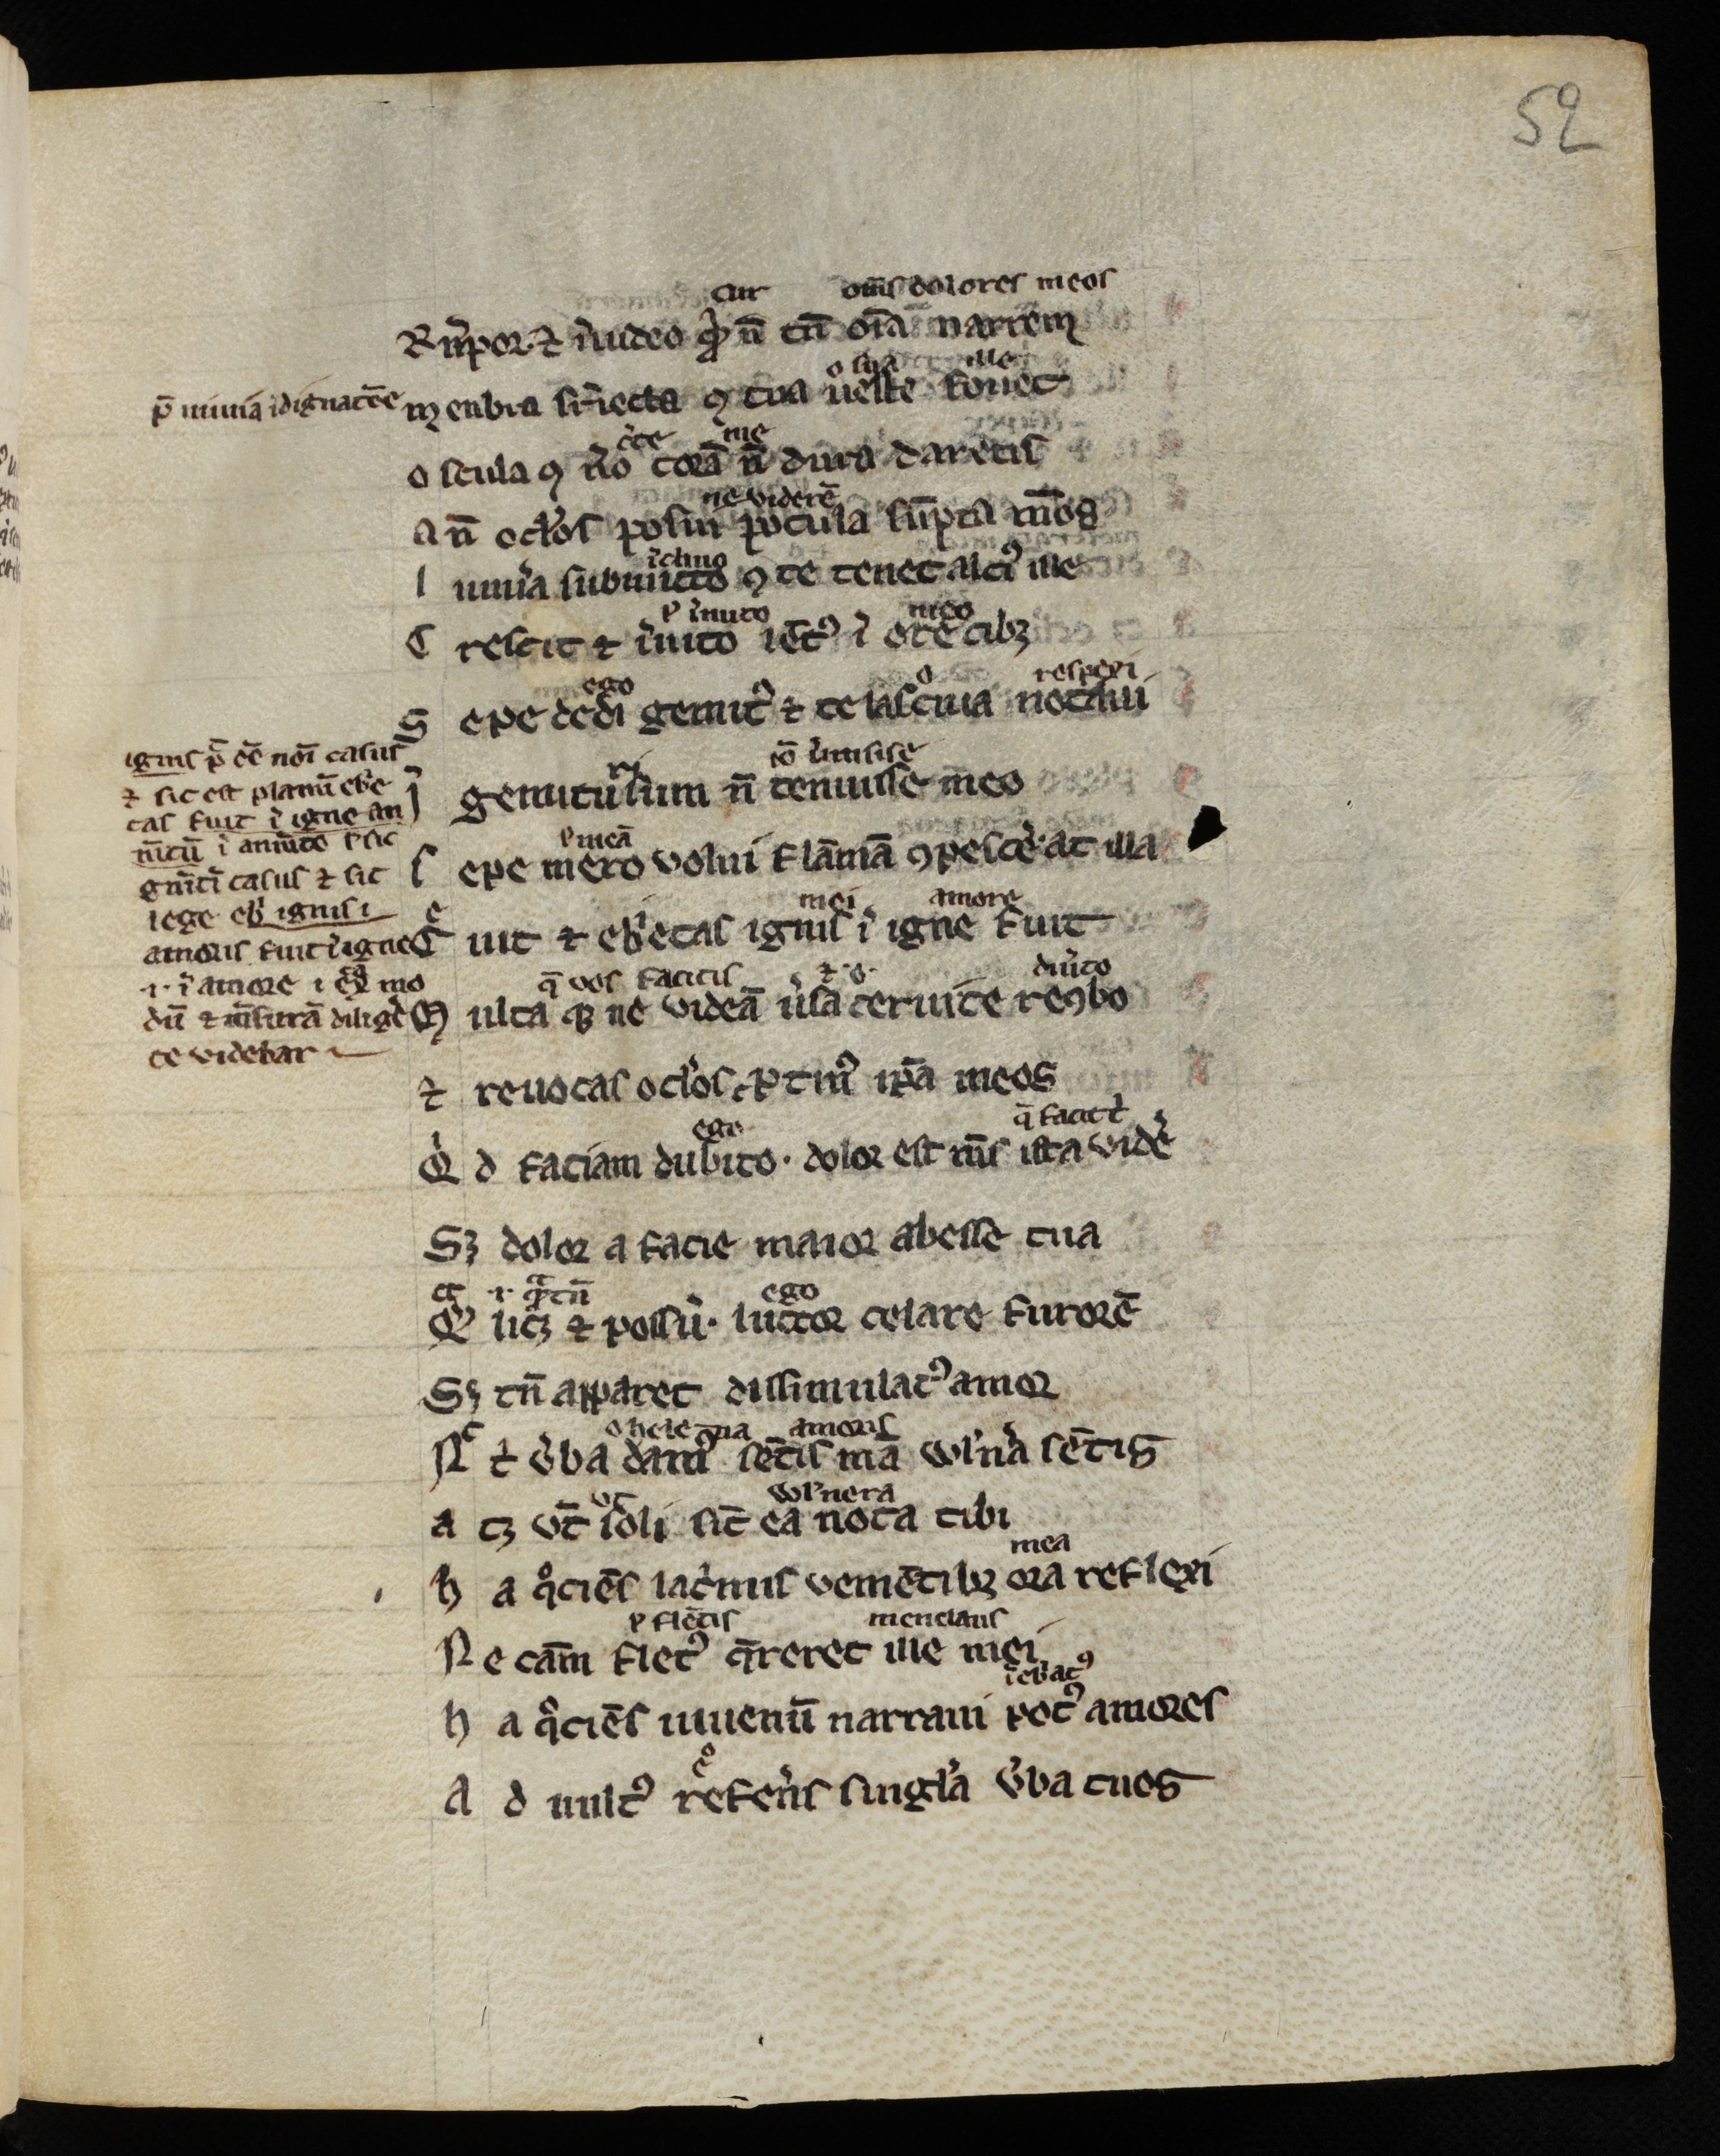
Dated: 1300–1399